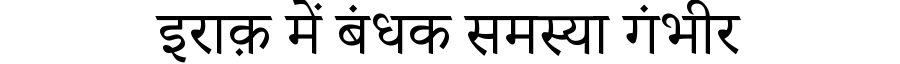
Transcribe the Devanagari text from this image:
इराक़ में बंधक समस्या गंभीर